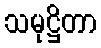
သမုဋ္ဌိတာ